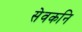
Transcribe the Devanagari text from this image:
सेवकनि